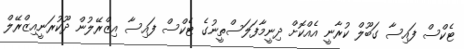
ޓެކްސް ފައިސާ ގަބޫލް ކުރާނީ އެއްކޮށް ދިނީމާފަލަސްތީނުގެ ޓެކްސް ފައިސާ އިޒްރޭލުން ދޫކުރަނީއިޒްރޭލް